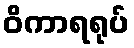
ဝိကာရရုပ်